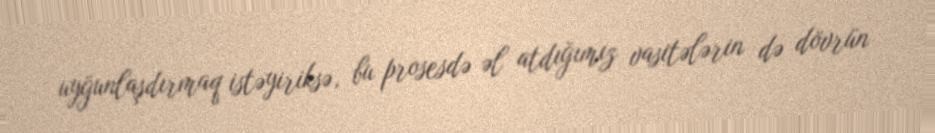
uyğunlaşdırmaq istəyiriksə, bu prosesdə əl atdığımız vasitələrin də dövrün